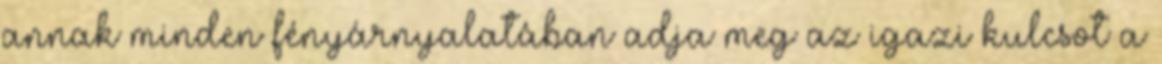
annak minden fényárnyalatában adja meg az igazi kulcsot a